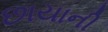
છાયાની